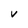
Character: V